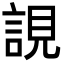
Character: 誢